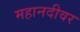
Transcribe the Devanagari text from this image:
महानदीवर